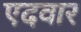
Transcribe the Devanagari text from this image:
एदवार